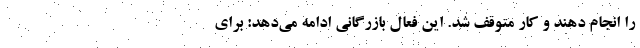
را انجام دهند و کار متوقف شد. این فعال بازرگانی ادامه می‌دهد: برای